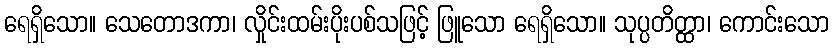
ရေရှိသော။ သေတောဒကာ၊ လှိုင်းထမ်းပိုးပစ်သဖြင့် ဖြူသော ရေရှိသော။ သုပ္ပတိတ္ထာ၊ ကောင်းသော